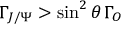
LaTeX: \Gamma _ { J / \Psi } > \sin ^ { 2 } \theta \, \Gamma _ { O }